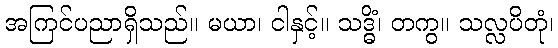
အကြင်ပညာရှိသည်။ မယာ၊ ငါနှင့်။ သဒ္ဓိံ၊ တကွ။ သလ္လပိတုံ၊